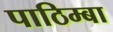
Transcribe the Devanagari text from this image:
पाठिम्बा